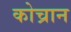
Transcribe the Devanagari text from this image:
कोच्रान